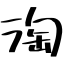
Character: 淘